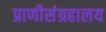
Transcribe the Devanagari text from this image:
प्राणीसंग्रहालय